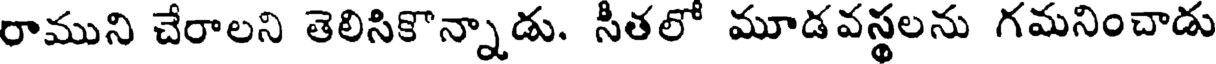
రాముని చేరాలని తెలిసికొన్నాడు. సీతలో మూడవస్థలను గమనించాడు